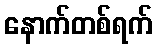
နောက်တစ်ရက်